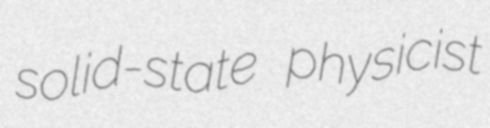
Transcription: solid-state physicist